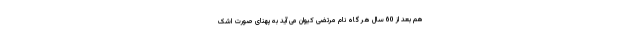
هم بعد از 60 سال هر گاه نام مرتضی کیوان می آید به پهنای صورت اشک